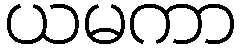
ယမကာ